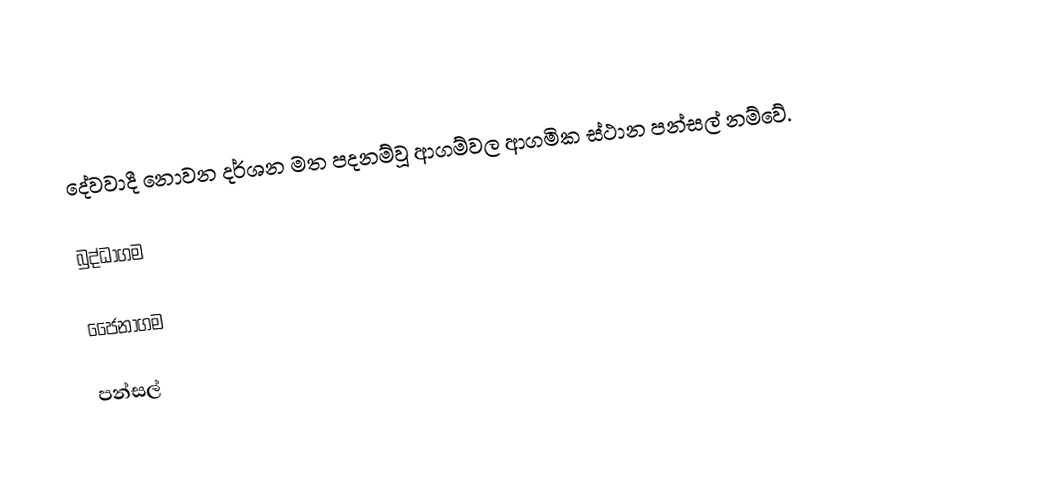
දේවවාදී නොවන දර්ශන මත පදනම්වූ ආගම්වල ආගමික ස්ථාන පන්සල් නම්වේ.

බුද්ධාගම

ජෛනාගම

පන්සල්